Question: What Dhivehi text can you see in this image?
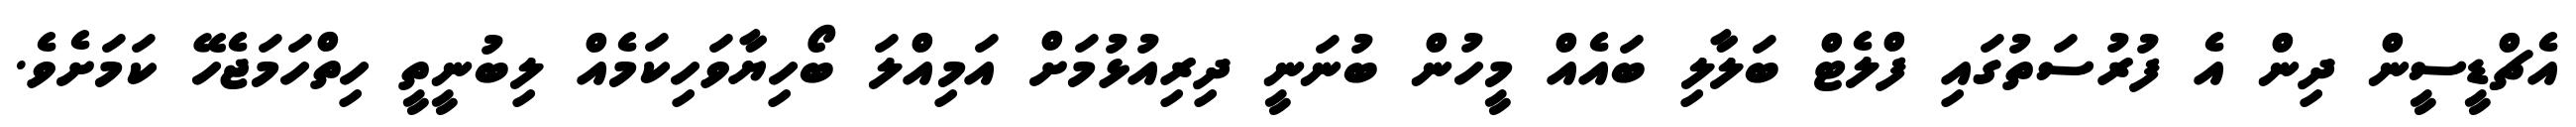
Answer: އެޗްޑީސީން ދިން އެ ފުރުސަތުގައި ފްލެޓް ބަލާލި ބައެއް މީހުން ބުނަނީ ދިރިއުޅުމަށް އަމިއްލަ ބޯހިޔާވަހިކަމެއް ލިބުނީތީ ހިތްހަމަޖެހޭ ކަމަށެވެ.